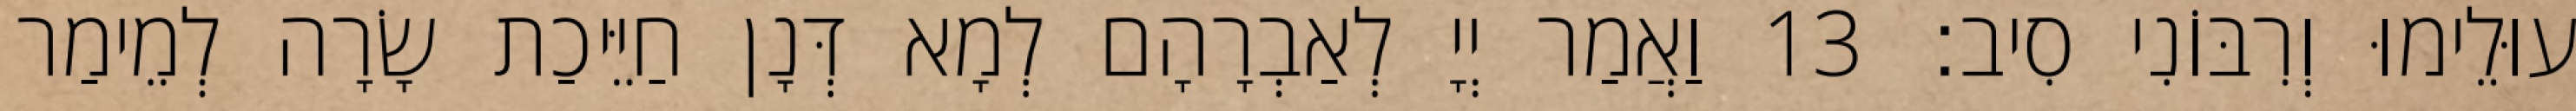
עוּלֵימוּ וְרִבּוֹנִי סִיב׃ 13 וַאֲמַר יְיָ לְאַבְרָהָם לְמָא דְּנָן חַיֵּיכַת שָׂרָה לְמֵימַר